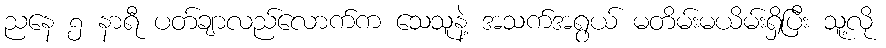
ညနေ ၅ နာရီ ပတ်ချာလည်လောက်က သေသူနဲ့ အသက်အရွယ် မတိမ်းမယိမ်းရှိပြီး သူ့လို